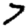
Digit: 7